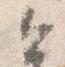
今